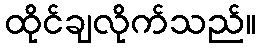
ထိုင်ချလိုက်သည်။